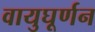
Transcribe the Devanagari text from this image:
वायुघूर्णन